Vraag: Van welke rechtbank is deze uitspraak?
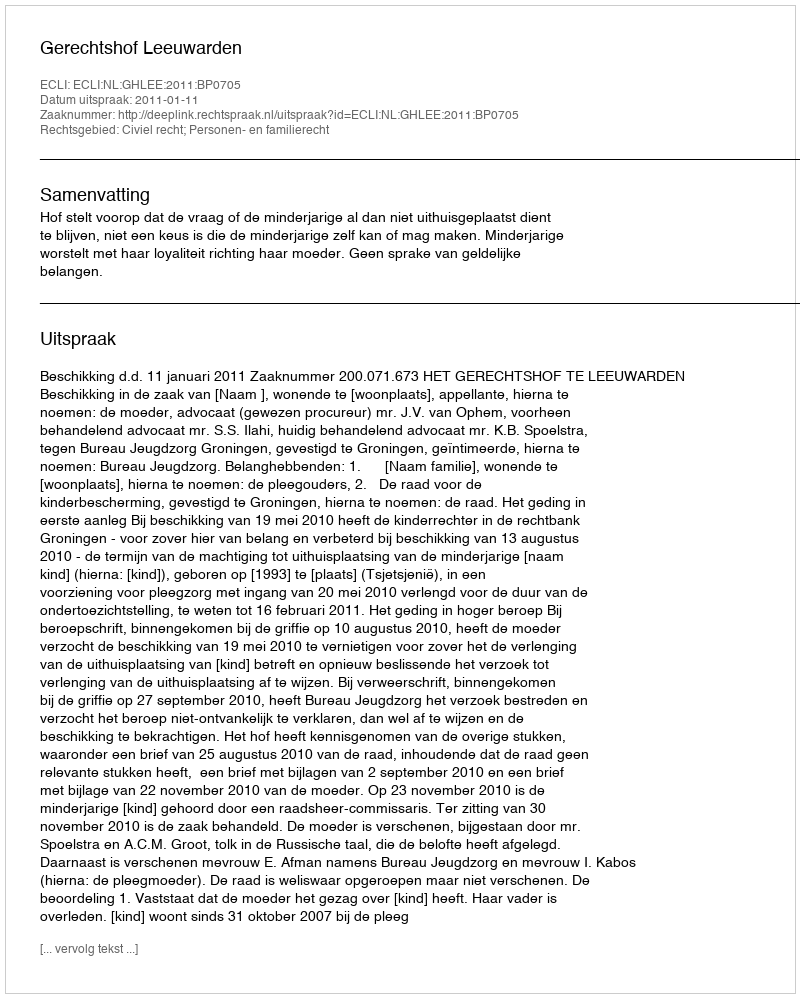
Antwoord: Gerechtshof Leeuwarden